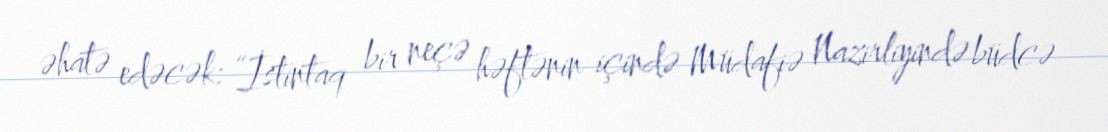
əhatə edəcək: “İstintaq bir neçə həftənin içində Müdafiə Nazirliyində büdcə